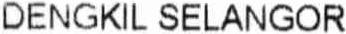
DENGKIL SELANGOR